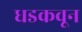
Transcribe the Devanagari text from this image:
धडकवून